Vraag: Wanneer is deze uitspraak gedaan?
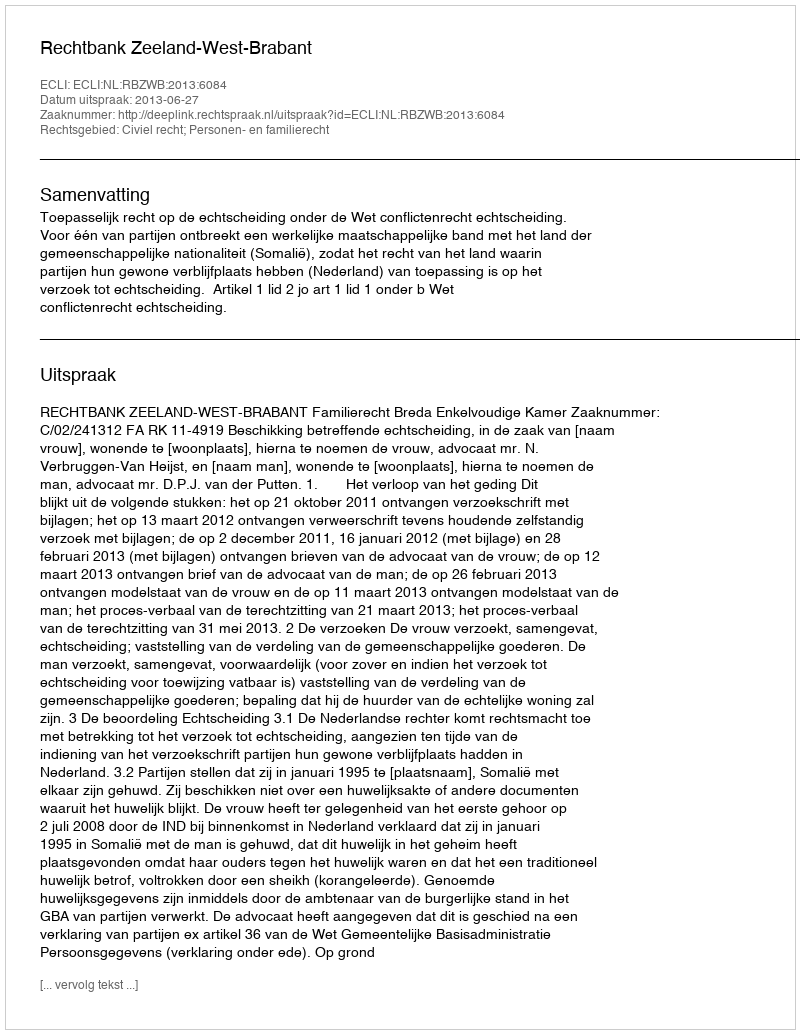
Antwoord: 2013-06-27